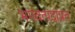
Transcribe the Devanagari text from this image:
भगवत्पदाप्रत